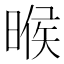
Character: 㬋